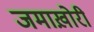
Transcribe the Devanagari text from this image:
जमाख़ोरी